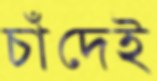
চাঁদেই